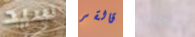
سيد قالقر شخص